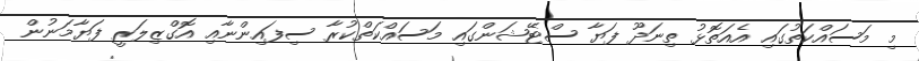
މި މަސައްކަތުގައި އެއަތޮޅު ތިނަދޫ ފަޔާ ސްޓޭޝަންގައި މަސައްކަތްކުރާ ސިފައިންނާއި އޮގްޒިލަރީ ފަޔާމަނުން